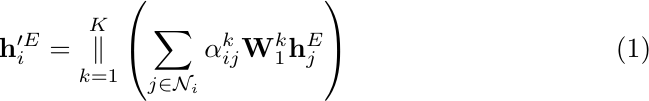
\begin{equation}
\mathbf{h}_{i}^{\prime E}=\mathop{\parallel}_{k=1}^{K}\left(\sum_{j \in \mathcal{N}_{i}} \alpha_{i j}^{k} \mathbf{W}^{k}_1 \mathbf{h}^{E}_{j}\right)
\end{equation}